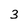
Character: 3